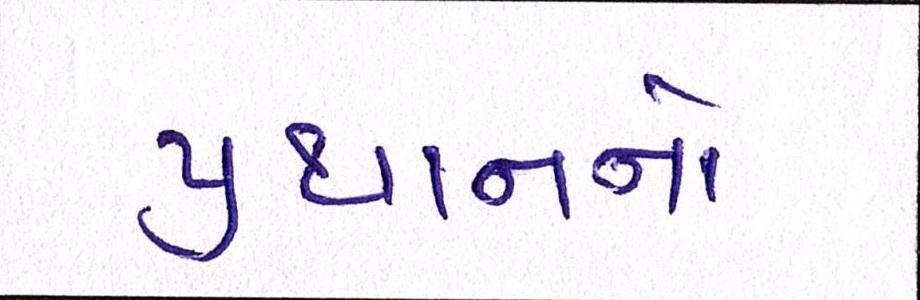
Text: પ્રધાનનો